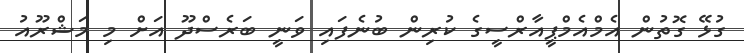
ގުޅޭ ގޮތުން އެމްއެމްޕީއާރްސީގެ ކުރިން ބުނެފައި ވަނީ ބަރެސްދޫ އަށް މި މަޝްރޫއު